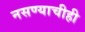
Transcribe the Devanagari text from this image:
नसण्याचीही